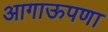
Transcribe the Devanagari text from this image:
आगाऊपणा